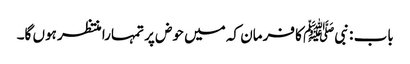
باب : نبیﷺ کا فرمان کہ میں حوض پر تمہارا منتظر ہوں گا۔